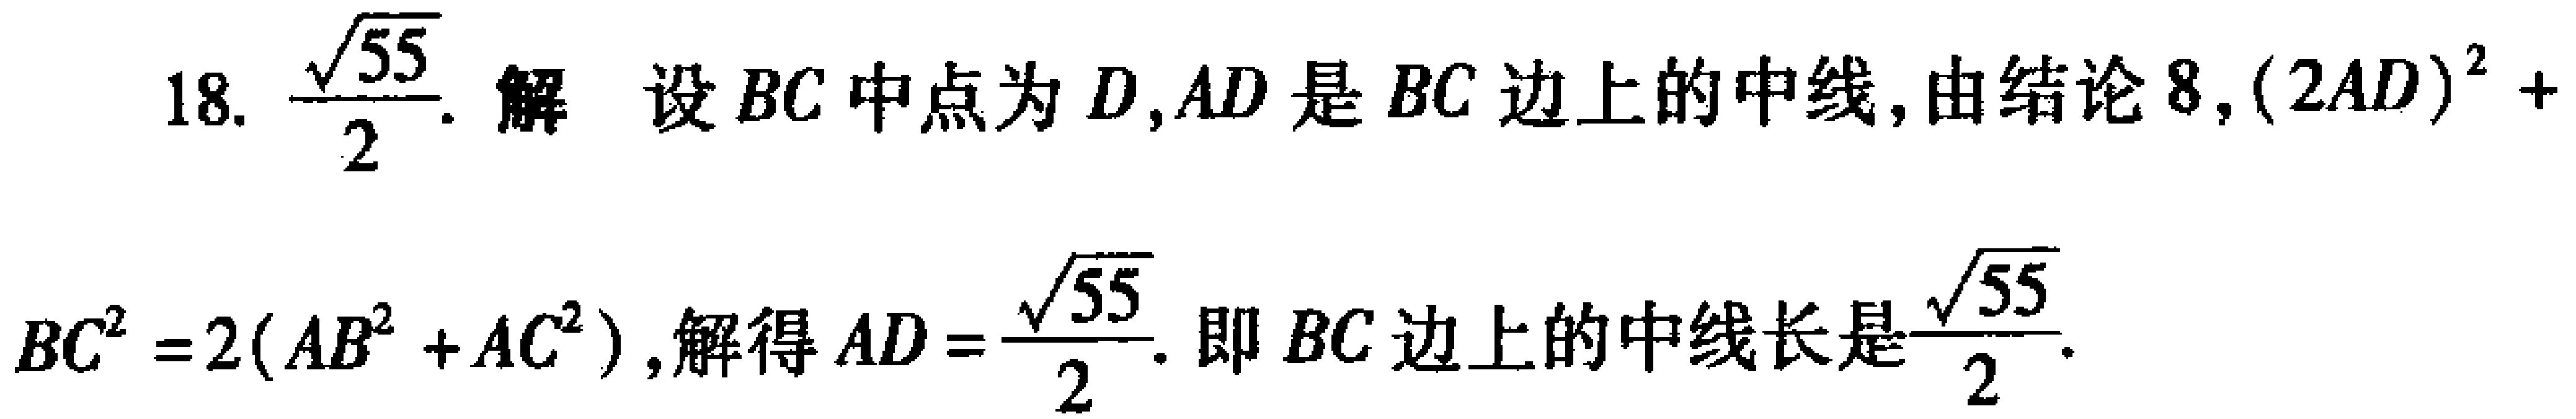
18. $\frac{\sqrt{55}}{2}$. 解 设$BC$中点为$D$,$AD$是$BC$边上的中线,由结论8,$(2AD)^{2}+BC^{2}=2(AB^{2}+AC^{2})$,解得$AD = \frac{\sqrt{55}}{2}$. 即$BC$边上的中线长是$\frac{\sqrt{55}}{2}$.